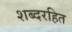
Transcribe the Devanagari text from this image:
शब्दरहित